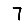
Digit: 7